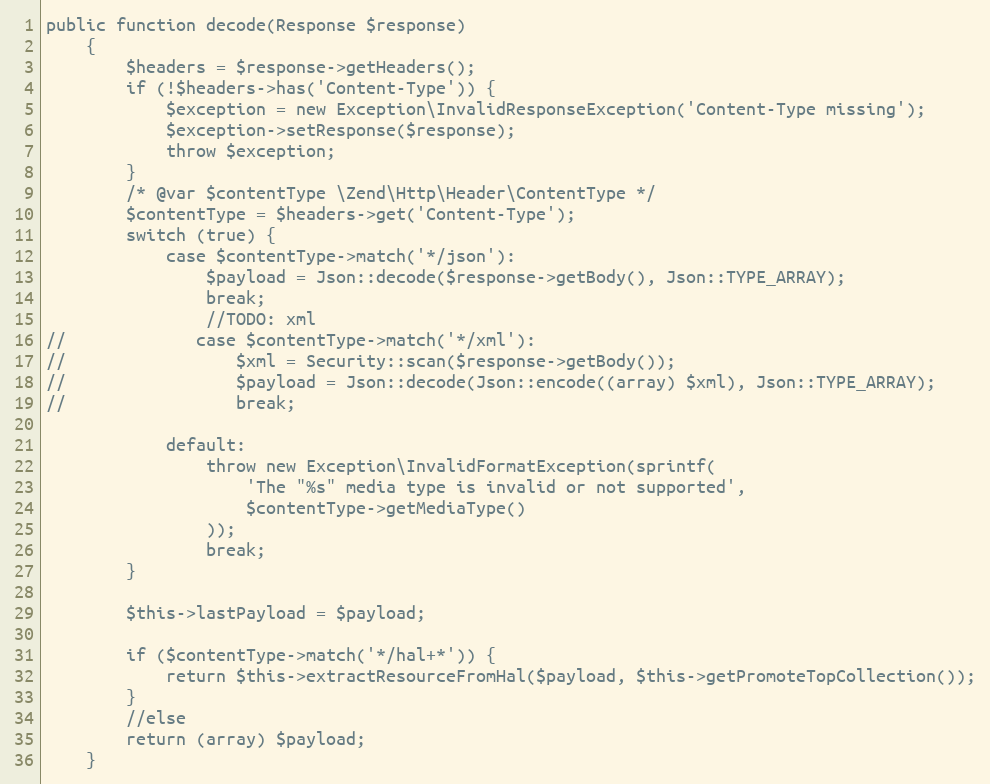
Language: PHP
public function decode(Response $response)
    {
        $headers = $response->getHeaders();
        if (!$headers->has('Content-Type')) {
            $exception = new Exception\InvalidResponseException('Content-Type missing');
            $exception->setResponse($response);
            throw $exception;
        }
        /* @var $contentType \Zend\Http\Header\ContentType */
        $contentType = $headers->get('Content-Type');
        switch (true) {
            case $contentType->match('*/json'):
                $payload = Json::decode($response->getBody(), Json::TYPE_ARRAY);
                break;
                //TODO: xml
//             case $contentType->match('*/xml'):
//                 $xml = Security::scan($response->getBody());
//                 $payload = Json::decode(Json::encode((array) $xml), Json::TYPE_ARRAY);
//                 break;

            default:
                throw new Exception\InvalidFormatException(sprintf(
                    'The "%s" media type is invalid or not supported',
                    $contentType->getMediaType()
                ));
                break;
        }

        $this->lastPayload = $payload;

        if ($contentType->match('*/hal+*')) {
            return $this->extractResourceFromHal($payload, $this->getPromoteTopCollection());
        }
        //else
        return (array) $payload;
    }